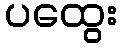
ပထွေး